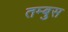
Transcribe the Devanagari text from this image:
तम्बुस